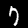
Digit: 7